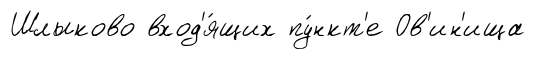
Шлыково вход'я́щих пу́нкт'е Ов'ин'ища